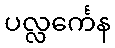
ပလ္လင်္ကေန